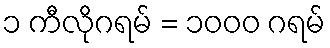
၁ ကီလိုဂရမ် = ၁၀၀၀ ဂရမ်